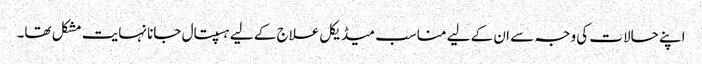
اپنے حالات کی وجہ سے ان کے لیے مناسب میڈیکل علاج کے لیے ہسپتال جانا نہایت مشکل تھا۔